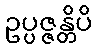
ဥပ္ပဇ္ဇန္တိပိ